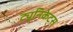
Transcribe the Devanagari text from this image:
ट्युनिकेट्स